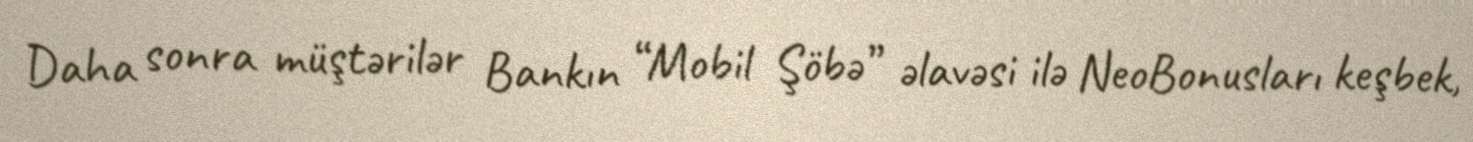
Daha sonra müştərilər Bankın “Mobil Şöbə” əlavəsi ilə NeoBonusları keşbek,